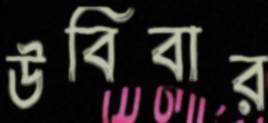
উবিবার